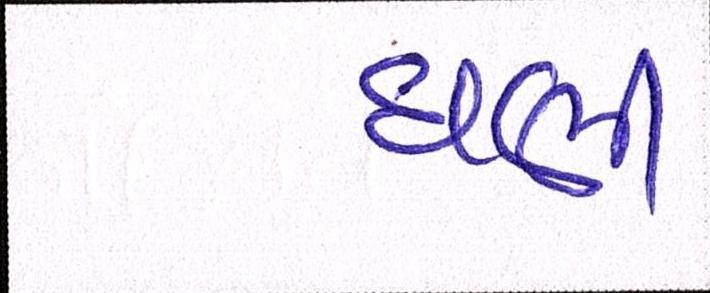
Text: ઘણી